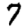
Digit: 7